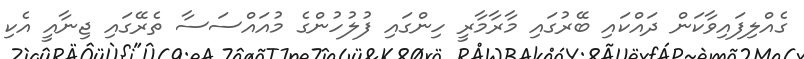
ގެއްލިފައިވާކަން ދައްކައި ބޭރުގައި މާރާމާރީ ހިންގައި ފުލުހުންގެ މުއައްސަސާ ތެރޭގައި ޖިނާއީ އެކި